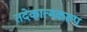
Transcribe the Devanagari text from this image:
तदेकात्मकरूप